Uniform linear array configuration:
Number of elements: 8
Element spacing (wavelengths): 0.75
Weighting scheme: hann
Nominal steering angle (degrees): -60
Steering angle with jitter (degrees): -59.861
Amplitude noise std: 0.05
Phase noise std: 0.05

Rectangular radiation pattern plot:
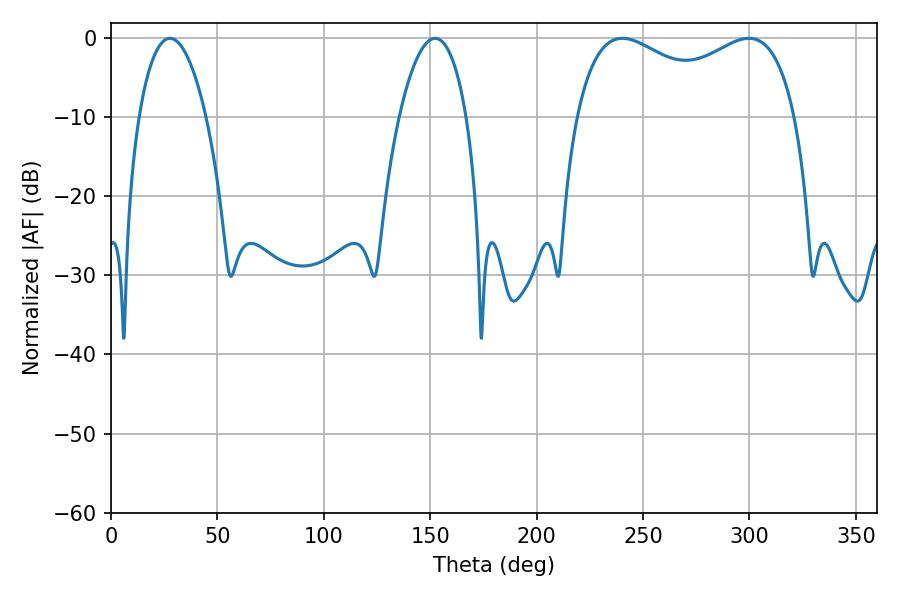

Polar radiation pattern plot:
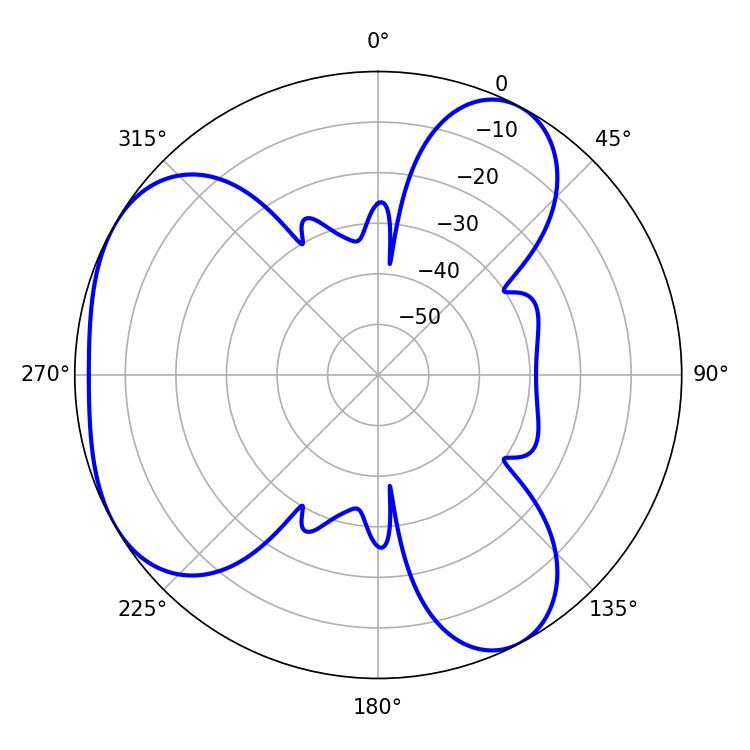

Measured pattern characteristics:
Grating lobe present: TRUE
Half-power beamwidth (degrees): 85.68
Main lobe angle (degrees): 240.3